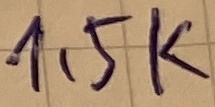
Text: 1,5K